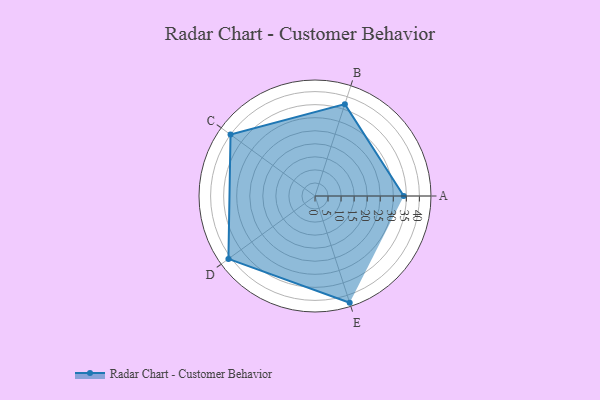
{"axis": {"x": "Skill", "y": "Score"}, "legend": ["Profile"], "data": [{"x": "A", "y": 34.0, "type": "Profile"}, {"x": "B", "y": 37.0, "type": "Profile"}, {"x": "C", "y": 40.0, "type": "Profile"}, {"x": "D", "y": 41.0, "type": "Profile"}, {"x": "E", "y": 43.0, "type": "Profile"}]}